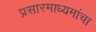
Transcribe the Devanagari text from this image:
प्रसारमाध्यमांचा